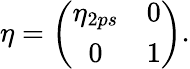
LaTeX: \eta=\left(\begin{array}{cc}{{\eta_{2ps}}}&{{0}}\\ {{0}}&{{1}}\end{array}\right).